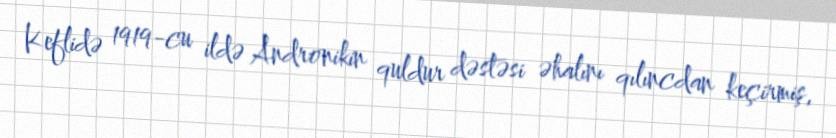
Keflidə 1919-cu ildə Andronikin quldur dəstəsi əhalını qılıncdan keçirmiş,